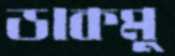
ডাকমু